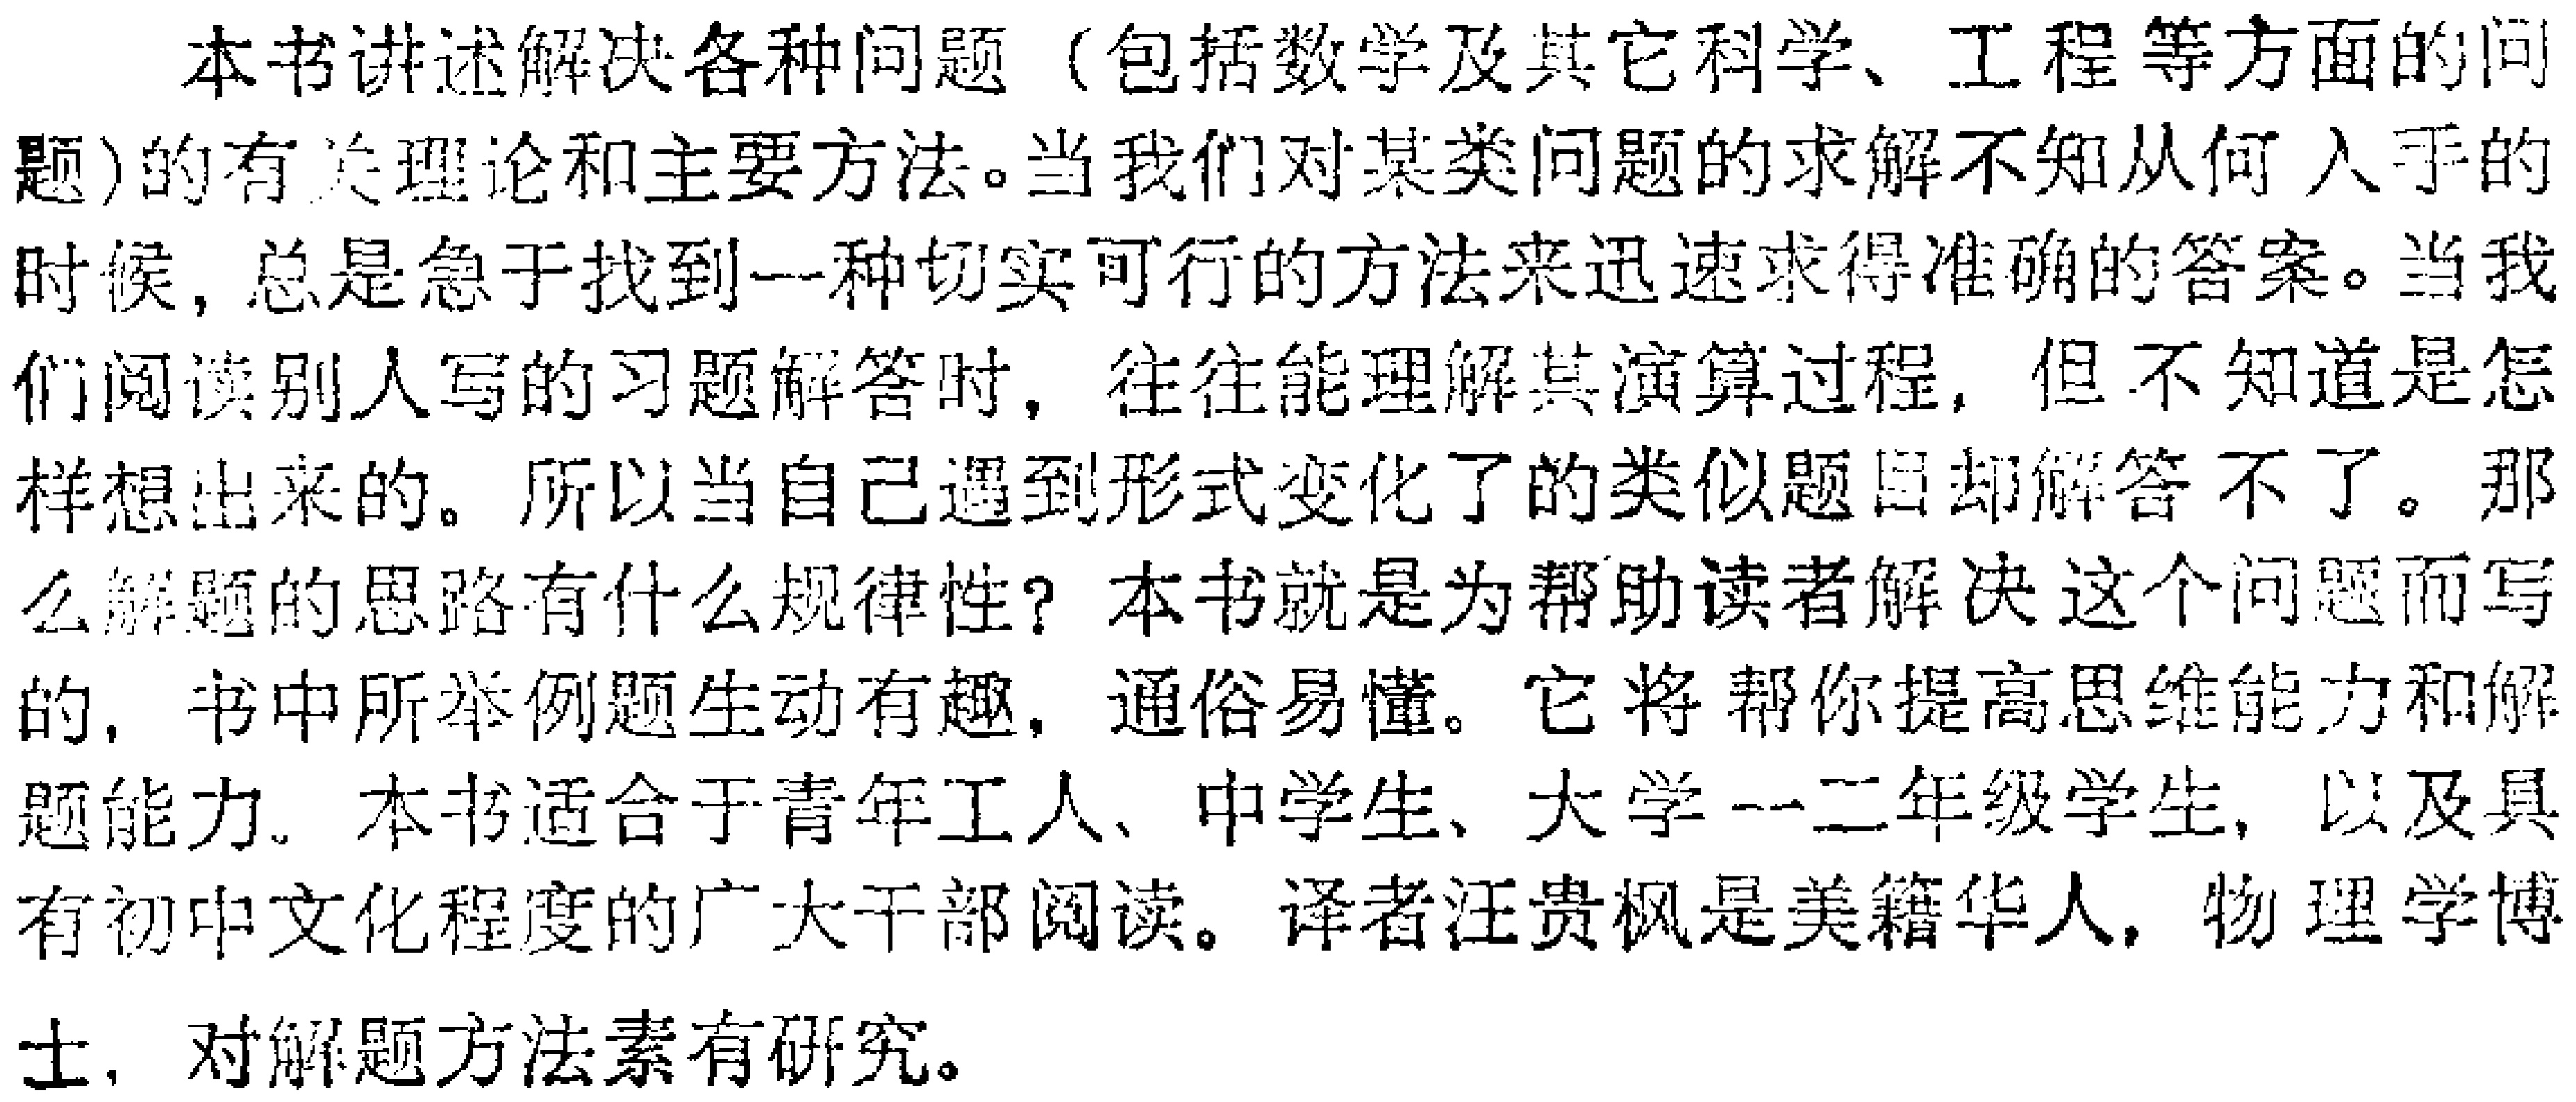
本书讲述解决各种问题（包括数学及其它科学、工程等方面的问题）的有关理论和主要方法。当我们对某类问题的求解不知从何入手的时候，总是急于找到一种切实可行的方法来迅速求得准确的答案。当我们阅读别人写的习题解答时，往往能理解其演算过程，但不知道是怎样想出来的。所以当自己遇到形式变化了的类似题目却解答不了。那么解题的思路有什么规律性？本书就是为帮助读者解决这个问题而写的，书中所举例题生动有趣，通俗易懂。它将帮你提高思维能力和解题能力。本书适合于青年工人、中学生、大学一二年级学生，以及具有初中文化程度的广大干部阅读。译者汪贵枫是美籍华人，物理学博士，对解题方法素有研究。